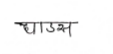
मजकूर: धाउस